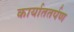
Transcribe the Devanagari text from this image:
कार्याततर्पण